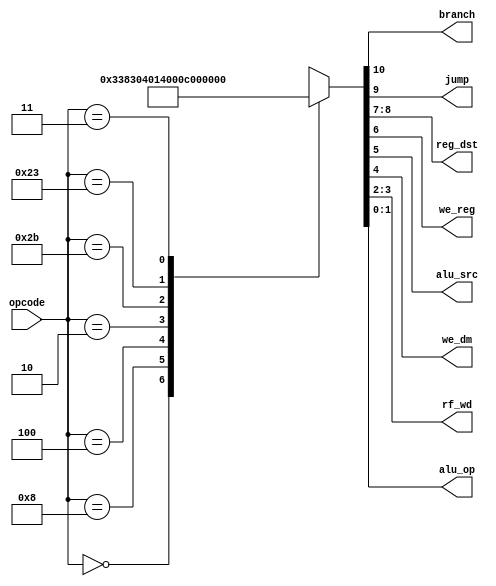
module maindec (
        input  wire [5:0] opcode,
        output wire       branch,
        output wire       jump,
        output wire [1:0] reg_dst,
        output wire       we_reg,
        output wire       alu_src,
        output wire       we_dm,
        output wire [1:0] rf_wd,
        output wire [1:0] alu_op
    );

    reg [10:0] ctrl;

    assign {branch, jump, reg_dst, we_reg, alu_src, we_dm, rf_wd, alu_op} = ctrl;

    always @ (opcode) begin
        case (opcode)
            6'b00_0000: ctrl = 11'b0_0_01_1_0_0_11_10; // R-type
            6'b00_1000: ctrl = 11'b0_0_00_1_1_0_00_00; // ADDI
            6'b00_0100: ctrl = 11'b1_0_00_0_0_0_00_01; // BEQ
            6'b00_0010: ctrl = 11'b0_1_00_0_0_0_00_00; // J
            6'b10_1011: ctrl = 11'b0_0_00_0_1_1_00_00; // SW
            6'b10_0011: ctrl = 11'b0_0_00_1_1_0_01_00; // LW
            
            6'b00_0011: ctrl = 11'b0_1_10_1_0_0_10_00; // JAL 
            default:    ctrl = 11'bx_x_xx_x_x_x_xx_xx;
        endcase
    end

endmodule